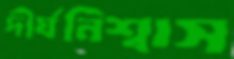
দীর্ঘনিশ্বাস